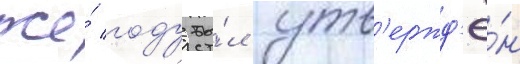
же́ году бы́л утв'ержд'ё́н